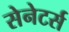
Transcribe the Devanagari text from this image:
सेनेटर्स